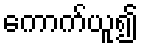
ကောက်ယူ၍